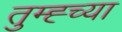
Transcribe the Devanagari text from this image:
तुम्ह्च्या